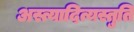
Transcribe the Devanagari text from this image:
अस्त्यादित्यस्तुति